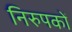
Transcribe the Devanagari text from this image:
निरुपकों